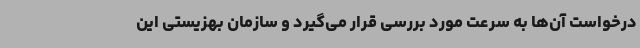
درخواست آن‌ها به سرعت مورد بررسی قرار می‌گیرد و سازمان بهزیستی این